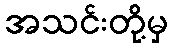
အသင်းတို့မှ